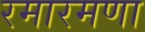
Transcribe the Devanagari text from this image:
रमारमणा